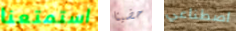
استمتعنا حضينا اصطناعي